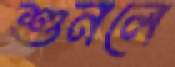
শুনলে